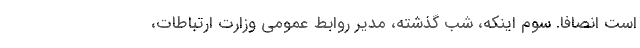
است انصافا. سوم اینکه، شب گذشته، مدیر روابط عمومی وزارت ارتباطات،